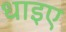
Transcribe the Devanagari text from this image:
धाइए